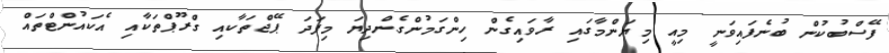
ފޭސްބުކުން ބުނެފައިވަނީ މިއީ މިޔަންމާގައި ރާވައިގެން ހިންގަމުންގެންދިޔަ މިފަދަ ޕޭޖްތަކާއި ގްރޫޕްތަކާއި އެކައުންޓްތައް